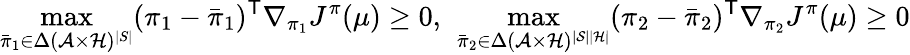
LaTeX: \operatorname*{max}_{\bar{\pi}_{1}\in{\Delta}(\mathcal{A}\times\mathcal{H})^{|S|}}(\pi_{1}-\bar{\pi}_{1})^{\mathsf T}\nabla_{\pi_{1}}J^{\pi}(\mu)\ge 0,\ \operatorname*{max}_{\bar{\pi}_{2}\in\Delta(\mathcal{A}\times\mathcal{H})^{|\mathcal{S}||\mathcal{H}|}}(\pi_{2}-\bar{\pi}_{2})^{\mathsf T}\nabla_{\pi_{2}}J^{\pi}(\mu)\ge 0